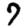
Digit: 7